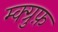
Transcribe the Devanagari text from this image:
म्क्ग्रुफ़